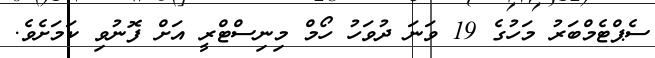
ސެޕްޓެމްބަރު މަހުގެ 19 ވަނަ ދުވަހު ހޯމް މިނިސްޓްރީ އަށް ފޮނުވި ކަމަށެވެ.